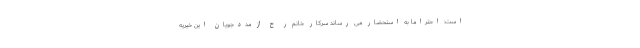
است: احتراماً به استحضار می رساند سرکار خانم ر ح از مددجویان این خیریه